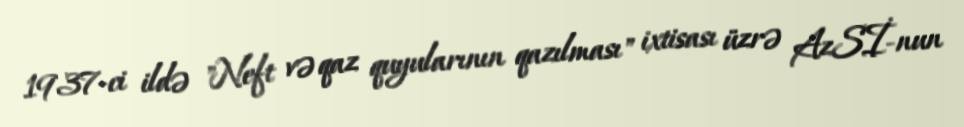
1937-ci ildə "Neft və qaz quyularının qazılması" ixtisası üzrə AzSİ-nun